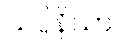
သပ္ပိနိယာ